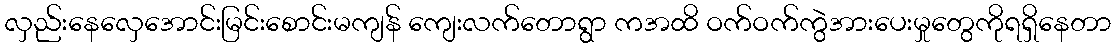
လှည်းနေလှေအောင်းမြင်းစောင်းမကျန် ကျေးလက်တောရွာ ကအထိ ဝက်ဝက်ကွဲအားပေးမှုတွေကိုရရှိနေတာ